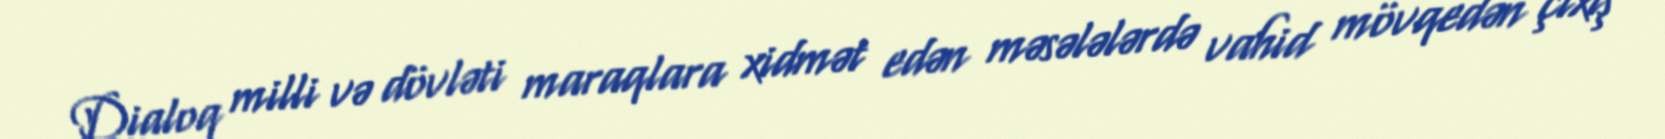
Dialoq milli və dövləti maraqlara xidmət edən məsələlərdə vahid mövqedən çıxış